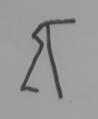
Signature authenticity: forged